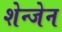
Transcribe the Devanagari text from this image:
शेन्जेन